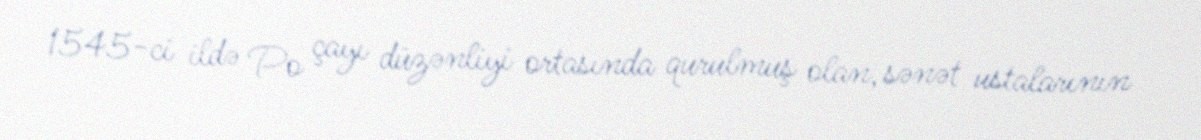
1545-ci ildə Po çayı düzənliyi ortasında qurulmuş olan, sənət ustalarının